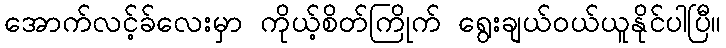
အောက်လင့်ခ်လေးမှာ ကိုယ့်စိတ်ကြိုက် ရွေးချယ်ဝယ်ယူနိုင်ပါပြီ။